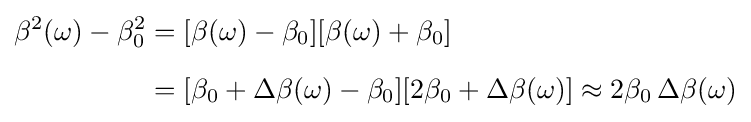
{\begin{aligned}\beta ^{2}(\omega )-\beta _{0}^{2}&=[\beta (\omega )-\beta _{0}][\beta (\omega )+\beta _{0}]\\[6pt]&=[\beta _{0}+\Delta \beta (\omega )-\beta _{0}][2\beta _{0}+\Delta \beta (\omega )]\approx 2\beta _{0}\,\Delta \beta (\omega )\end{aligned}}